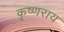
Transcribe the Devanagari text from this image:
कृष्णराय